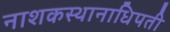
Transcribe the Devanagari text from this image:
नाशकस्थानाधिपती